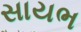
સાયભ